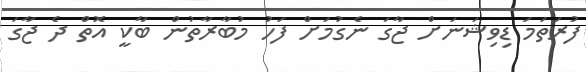
ފުރަތަމަ ޑިވިޝަނަށް ޖާގަ ނެގުމަށް ފަހު މުބާރާތުން ބާކީ އޮތް ދެ ޖާގަ